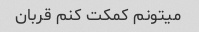
میتونم کمکت کنم قربان